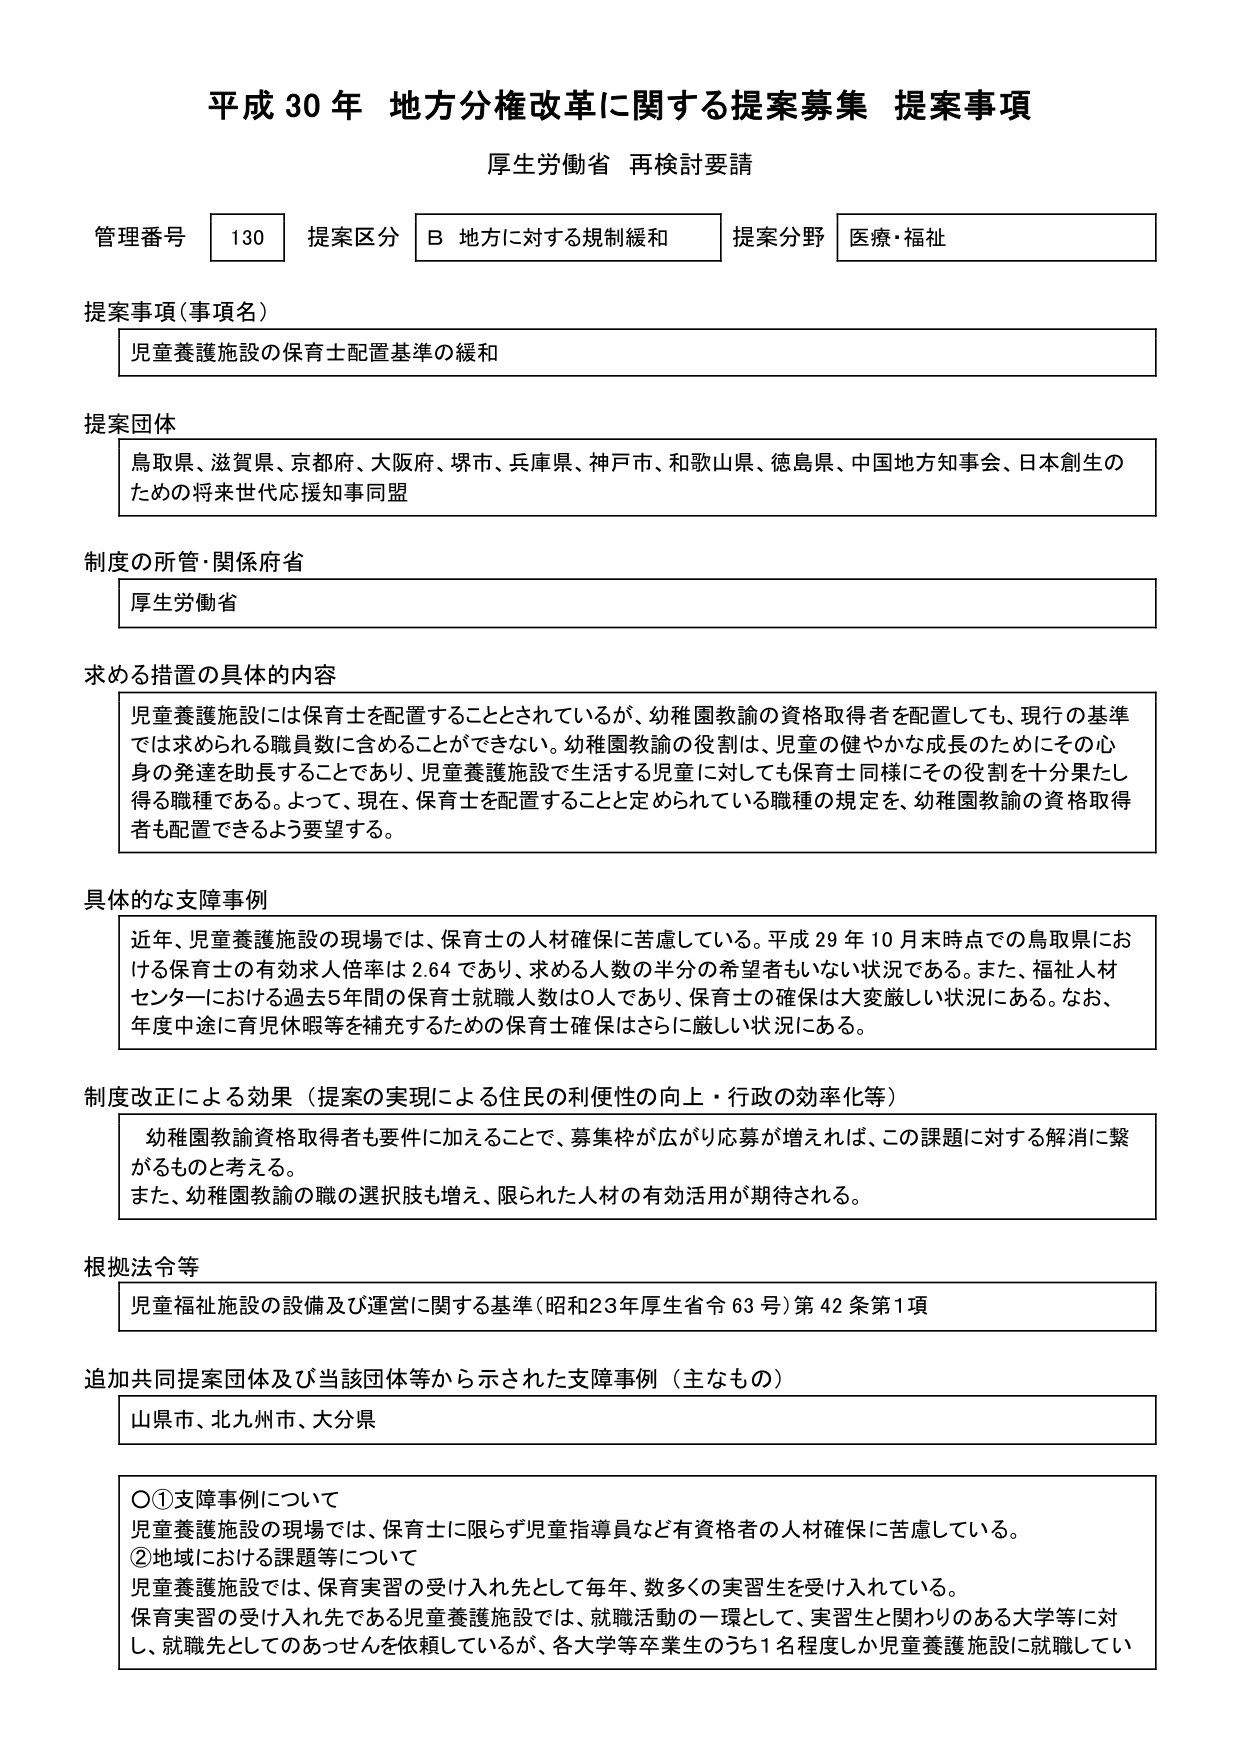
平成30年 地方分権改革に関する提案募集 提案事項
厚生労働省 再検討要請

管理番号 130 提案区分 B 地方に対する規制緩和 提案分野 医療・福祉

提案事項（事項名）
児童養護施設の保育士配置基準の緩和

提案団体
鳥取県、滋賀県、京都府、大阪府、堺市、兵庫県、神戸市、和歌山県、徳島県、中国地方知事会、日本創生のための将来世代応援知事同盟

制度の所管・関係府省
厚生労働省

求める措置の具体的内容
児童養護施設には保育士を配置することとされているが、幼稚園教諭の資格取得者を配置しても、現行の基準では求められる職員数に含めることができない。幼稚園教諭の役割は、児童の健やかな成長のためにその心身の発達を助長することであり、児童養護施設で生活する児童に対しても保育士同様にその役割を十分果たし得る職種である。よって、現在、保育士を配置することと定められている職種の規定を、幼稚園教諭の資格取得者も配置できるよう要望する。

具体的な支障事例
近年、児童養護施設の現場では、保育士の人材確保に苦慮している。平成29年10月末時点での鳥取県における保育士の有効求人倍率は2.64であり、求める人数の半分の希望者もいない状況である。また、福祉人材センターにおける過去5年間の保育士就職人数は0人であり、保育士の確保は大変厳しい状況にある。なお、年度中途に育児休暇等を補充するための保育士確保はさらに厳しい状況にある。

制度改正による効果（提案の実現による住民の利便性の向上・行政の効率化等）
幼稚園教諭資格取得者も要件に加えることで、募集枠が広がり応募が増えれば、この課題に対する解消に繋がるものと考える。
また、幼稚園教諭の職の選択肢も増え、限られた人材の有効活用が期待される。

根拠法令等
児童福祉施設の設備及び運営に関する基準（昭和23年厚生省令63号）第42条第1項

追加共同提案団体及び当該団体等から示された支障事例（主なもの）
山県市、北九州市、大分県

○①支障事例について
児童養護施設の現場では、保育士に限らず児童指導員など有資格者の人材確保に苦慮している。
②地域における課題等について
児童養護施設では、保育実習の受け入れ先として毎年、数多くの実習生を受け入れている。
保育実習の受け入れ先である児童養護施設では、就職活動の一環として、実習生と関わりのある大学等に対し、就職先としてのあっせんを依頼しているが、各大学等卒業生のうち1名程度しか児童養護施設に就職してい